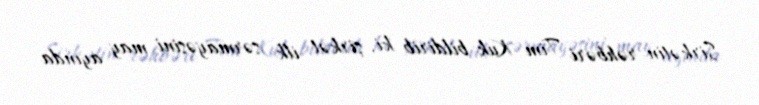
Şirkətin rəhbəri Tim Kuk bildirib ki, şirkət ilk sərmayəsini may ayında